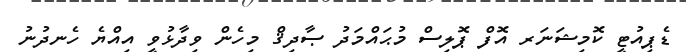
ޑެޕިއުޓީ ކޮމިޝަނަރ އޮފް ޕޮލިސް މުޙައްމަދު ޞާދިޤް މިހެން ވިދާޅުވީ އިއްޔެ ހެނދުނު